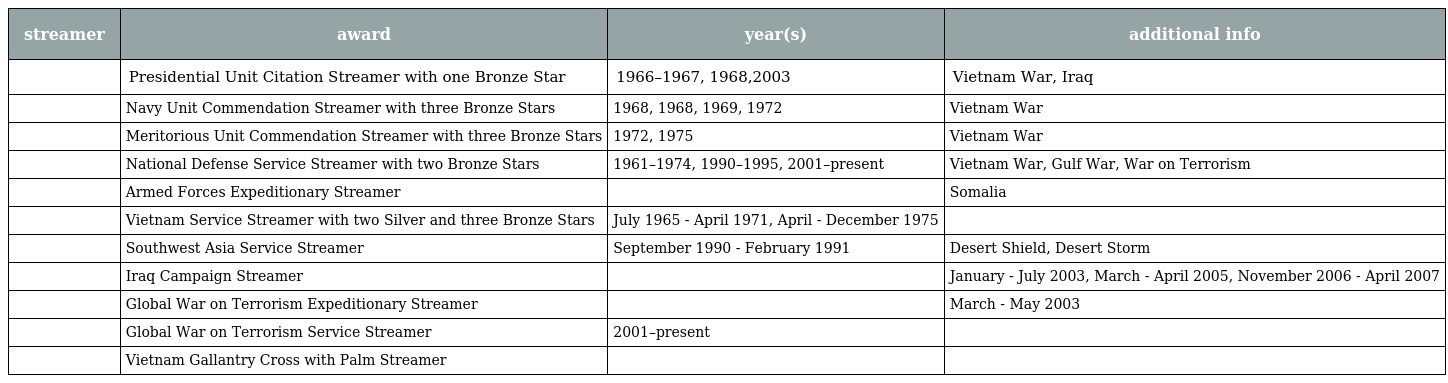
| streamer | award | year(s) | additional info |
 | --- | --- | --- | --- |
 |  | Presidential Unit Citation Streamer with one Bronze Star | 1966–1967, 1968,2003 | Vietnam War, Iraq |
 |  | Navy Unit Commendation Streamer with three Bronze Stars | 1968, 1968, 1969, 1972 | Vietnam War |
 |  | Meritorious Unit Commendation Streamer with three Bronze Stars | 1972, 1975 | Vietnam War |
 |  | National Defense Service Streamer with two Bronze Stars | 1961–1974, 1990–1995, 2001–present | Vietnam War, Gulf War, War on Terrorism |
 |  | Armed Forces Expeditionary Streamer |  | Somalia |
 |  | Vietnam Service Streamer with two Silver and three Bronze Stars | July 1965 - April 1971, April - December 1975 |  |
 |  | Southwest Asia Service Streamer | September 1990 - February 1991 | Desert Shield, Desert Storm |
 |  | Iraq Campaign Streamer |  | January - July 2003, March - April 2005, November 2006 - April 2007 |
 |  | Global War on Terrorism Expeditionary Streamer |  | March - May 2003 |
 |  | Global War on Terrorism Service Streamer | 2001–present |  |
 |  | Vietnam Gallantry Cross with Palm Streamer |  |  |